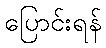
ပြောင်းရန်